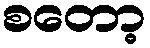
စတော့